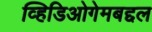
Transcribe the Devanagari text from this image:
व्हिडिओगेमबद्दल